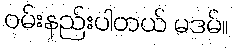
ဝမ်းနည်းပါတယ် မဒမ်။